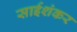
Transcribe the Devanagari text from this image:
साईशंकर